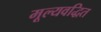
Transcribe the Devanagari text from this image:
मूल्यवद्धित